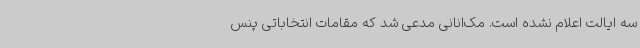
سه ایالت اعلام نشده است. مک‌انانی مدعی شد که مقامات انتخاباتی پنس